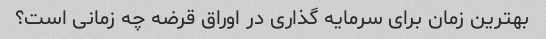
بهترین زمان برای سرمایه گذاری در اوراق قرضه چه زمانی است؟